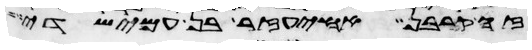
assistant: זה קרבן אחיעזר בן עמישדי